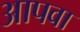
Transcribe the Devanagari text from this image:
आपवा